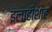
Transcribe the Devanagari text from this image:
इलाहीशाह